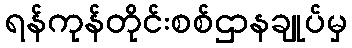
ရန်ကုန်တိုင်းစစ်ဌာနချုပ်မှ